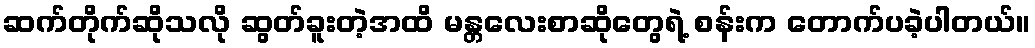
ဆက်တိုက်ဆိုသလို ဆွတ်ခူးတဲ့အထိ မန္တလေးစာဆိုတွေရဲ့ စန်းက တောက်ပခဲ့ပါတယ်။